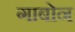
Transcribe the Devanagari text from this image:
गाबोन